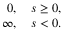
\begin{array} { r } { 0 , \quad s \geq 0 , } \\ { \infty , \quad s < 0 . } \end{array}